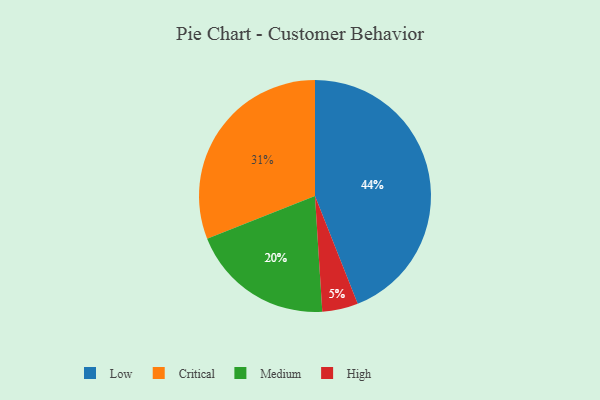
{"axis": {"x": "Category", "y": "Percentage"}, "legend": ["Critical", "High", "Low", "Medium"], "data": [{"x": "Medium", "y": 20, "type": "Medium"}, {"x": "Low", "y": 44, "type": "Low"}, {"x": "High", "y": 5, "type": "High"}, {"x": "Critical", "y": 31, "type": "Critical"}]}